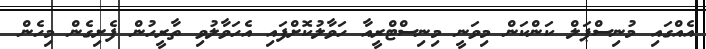
އެއްގައި މުނިސްޕަލް ކަންކަން މިވަނީ މިނިސްޓްރީއާ ހަވާލުކޮށްފައި އެހަވާލުވި ތާރީހުން ފެށިގެން މިހެން